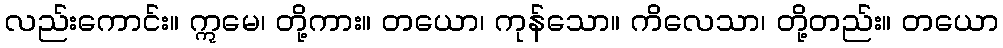
လည်းကောင်း။ ဣမေ၊ တို့ကား။ တယော၊ ကုန်သော။ ကိလေသာ၊ တို့တည်း။ တယော